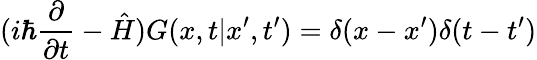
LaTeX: (i\hbar\frac{\partial}{\partial t}-\hat{H})G(x,t|x^{\prime},t^{\prime})=\delta(x-x^{\prime})\delta(t-t^{\prime})